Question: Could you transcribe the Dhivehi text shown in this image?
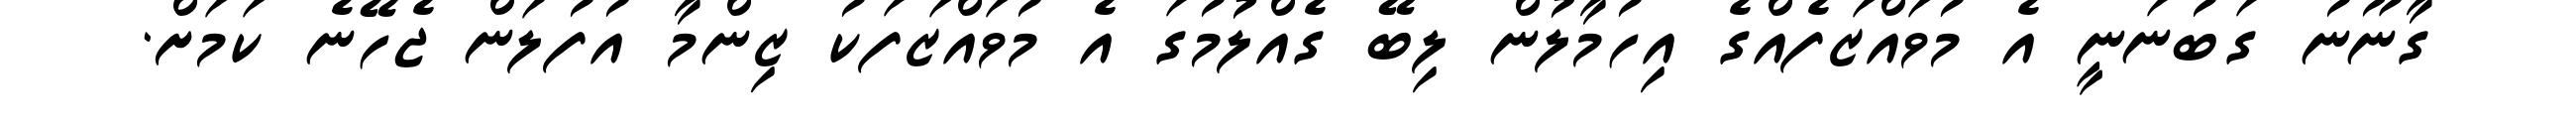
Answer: ގާނޫނު ގަބުނަނީ އެ މުވައްޒަފެއްގެ އިހުމާލުން ލިބޭ ގެއްލުމުގަ އެ މުވައްޒަފަކު ޒިންމާ އުފުލަން ޖެހޭނެ ކަމަށް.